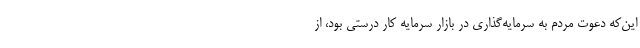
این‌که دعوت مردم به سرمایه‌گذاری در بازار سرمایه کار درستی بود، از